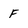
Character: F